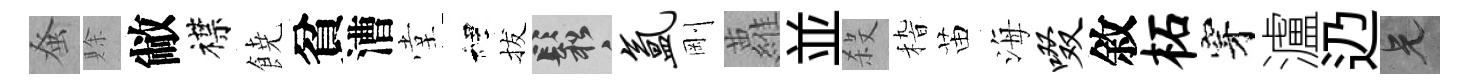
𫊫賖敝襟𩜙貧漕堂裡拔鬆氲剛蘿並殺𥟵苗海啜敘柘穿瀘辸兄